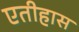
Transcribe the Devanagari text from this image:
एतीहास